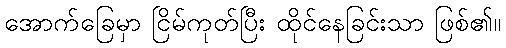
အောက်ခြေမှာ ငြိမ်ကုတ်ပြီး ထိုင်နေခြင်းသာ ဖြစ်၏။